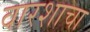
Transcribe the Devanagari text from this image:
वारशाचा